画像に写った文字を読んでください
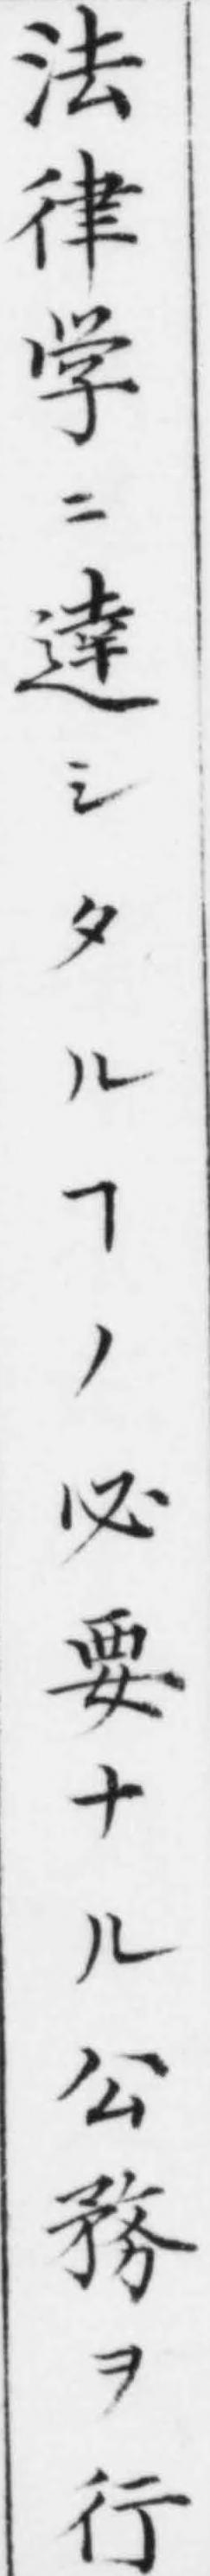
「法律学ニ逹シタルヿノ必要ナル公務ヲ行」と書いてあります